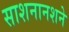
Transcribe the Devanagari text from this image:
साशनानशने